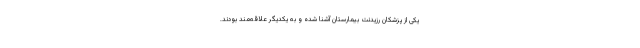
یکی از پزشکان رزیدنت بیمارستان آشنا شده و به یکدیگر علاقه‌مند بودند.